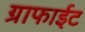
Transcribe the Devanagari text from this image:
ग्राफाईट